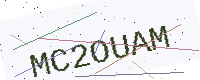
Text: MC2OUAM